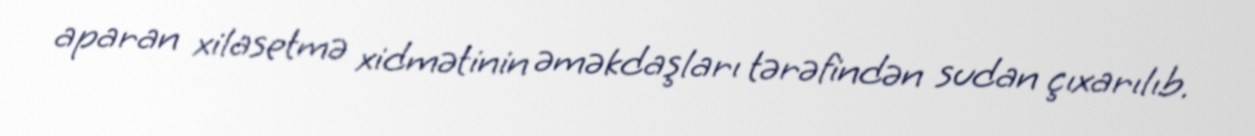
aparan xilasetmə xidmətinin əməkdaşları tərəfindən sudan çıxarılıb.